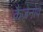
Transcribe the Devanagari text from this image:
कैज़ेनोव